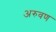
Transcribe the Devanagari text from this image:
अरुवण